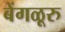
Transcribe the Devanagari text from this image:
बेंगळूरु